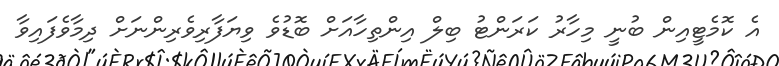
އެ ކޮމެޓީއިން ބުނީ މިހާރު ކަރަންޓު ބިލް އިންތިހާއަށް ބޮޑުވެ ވިޔަފާރިވެރިންނަށް ދިމާވެފައިވާ